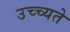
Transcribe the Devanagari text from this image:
उच्च्यते